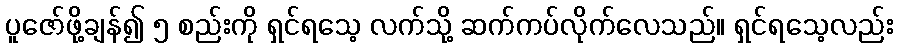
ပူဇော်ဖို့ချန်၍ ၅ စည်းကို ရှင်ရသေ့ လက်သို့ ဆက်ကပ်လိုက်လေသည်။ ရှင်ရသေ့လည်း